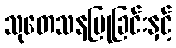
သုတေသနပြုခြင်းနှင့်